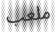
ملعب